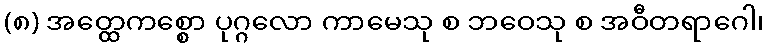
(၈) အတ္ထေကစ္စော ပုဂ္ဂလော ကာမေသု စ ဘဝေသု စ အဝီတရာဂေါ၊